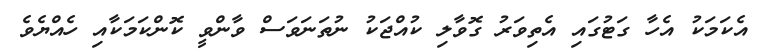
އެކަމަކު އެހާ ގަޓުގައި އެތިވަރު ގޮވާލި ކުއްޖަކު ނުތަނަވަސް ވާންވީ ކޮންކަމަކާއި ހެއްޔެވެ